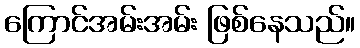
ကြောင်အမ်းအမ်း ဖြစ်နေသည်။